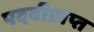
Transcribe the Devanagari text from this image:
पदवीप्राप्त